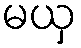
မယှ